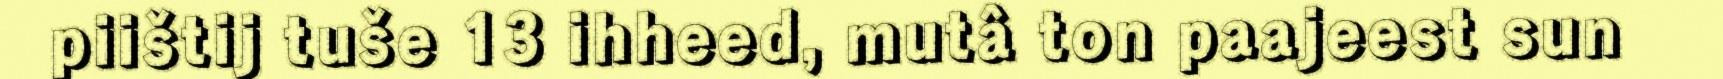
piištij tuše 13 ihheed, mutâ ton paajeest sun